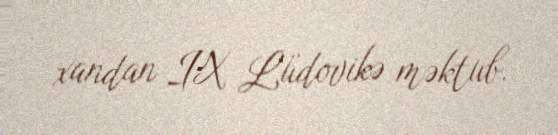
xandan IX Lüdovikə məktub.